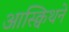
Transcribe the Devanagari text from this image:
आस्क्विथने